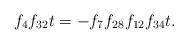
LaTeX: \begin{align*}f_4f_{32}t &= -f_7f_{28}f_{12}f_{34}t.\end{align*}